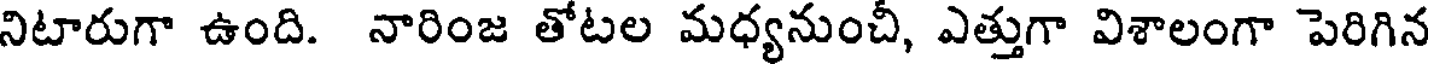
నిటారుగా ఉంది. నారింజ తోటల మధ్యనుంచీ, ఎత్తుగా విశాలంగా పెరిగిన